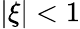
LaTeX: |\xi|<1